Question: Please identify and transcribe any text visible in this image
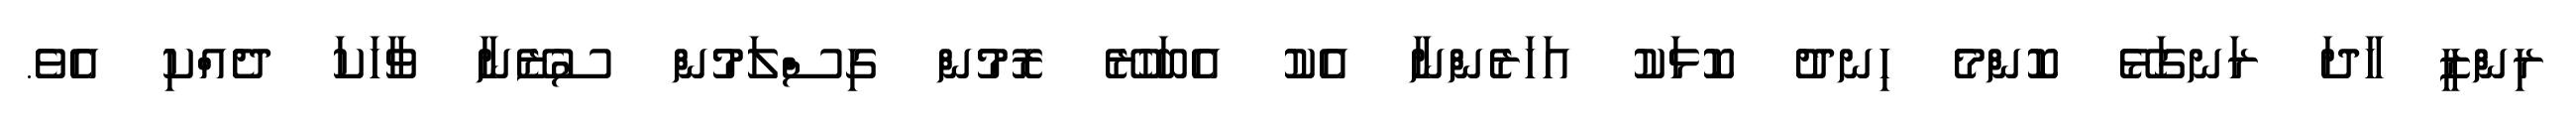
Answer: ރިންޒީ ހާދަ ރަނގަޅޭ ކޮންމެ ހިނދު ކޮޅަކު އަހަރެންނާ އެކު އެބަހުރޭ ރޮމުން ގިސްލަމުން ސުޒޭނާ ވާހަކަ ދެއްކި އެވެ.